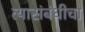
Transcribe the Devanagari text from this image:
त्यासंबंधीचा